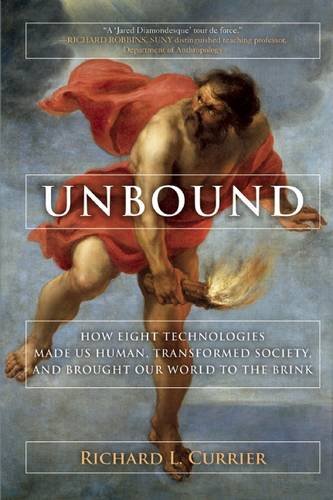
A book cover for Unbound: How Eight Technologies Made Us Human, Transformed Society, and Brought Our World to the Brink; Richard L Currier; Science & Math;